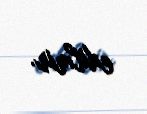
edilmir.